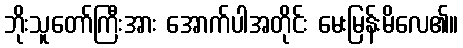
ဘိုးသူတော်ကြီးအား အောက်ပါအတိုင်း မေးမြန်းမိလေ၏။